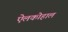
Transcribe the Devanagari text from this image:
ऐलकोहाल